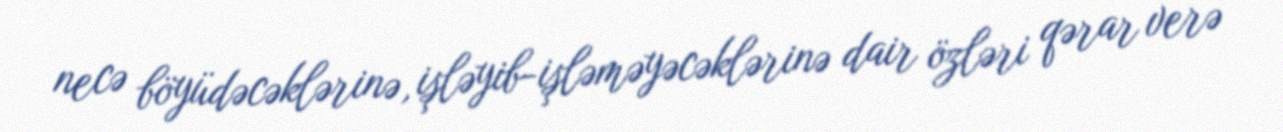
necə böyüdəcəklərinə, işləyib-işləməyəcəklərinə dair özləri qərar verə